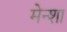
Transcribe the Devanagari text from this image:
मेन्शा